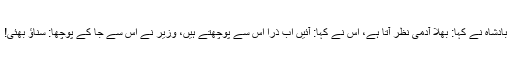
بادشاہ نے کہا: بھلا آدمی نظر آتا ہے، اس نے کہا: آئیں اب ذرا اس سے پوچھتے ہیں، وزیر نے اس سے جا کے پوچھا: سناؤ بھئی!